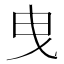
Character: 曳